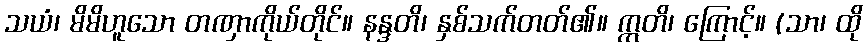
သယံ၊ မိမိဟူသော တဏှာကိုယ်တိုင်။ နန္ဒတိ၊ နှစ်သက်တတ်၏။ ဣတိ၊ ကြောင့်။ (သာ၊ ထို